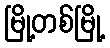
မြို့တစ်မြို့